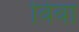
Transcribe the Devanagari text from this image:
बिबा